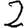
Digit: 2